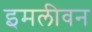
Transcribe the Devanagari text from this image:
इमलीवन